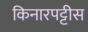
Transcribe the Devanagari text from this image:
किनारपट्टीस